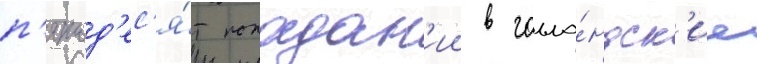
п'ятьд'ес'я́т попадан'ии в голла́ндск'ие